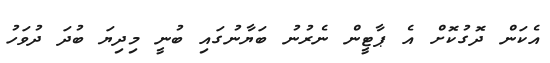
އެކަން ދޮގުކޮށް އެ ޕާޓީން ނެރުނު ބަޔާނުގައި ބުނީ މިދިޔަ ބުދަ ދުވަހު